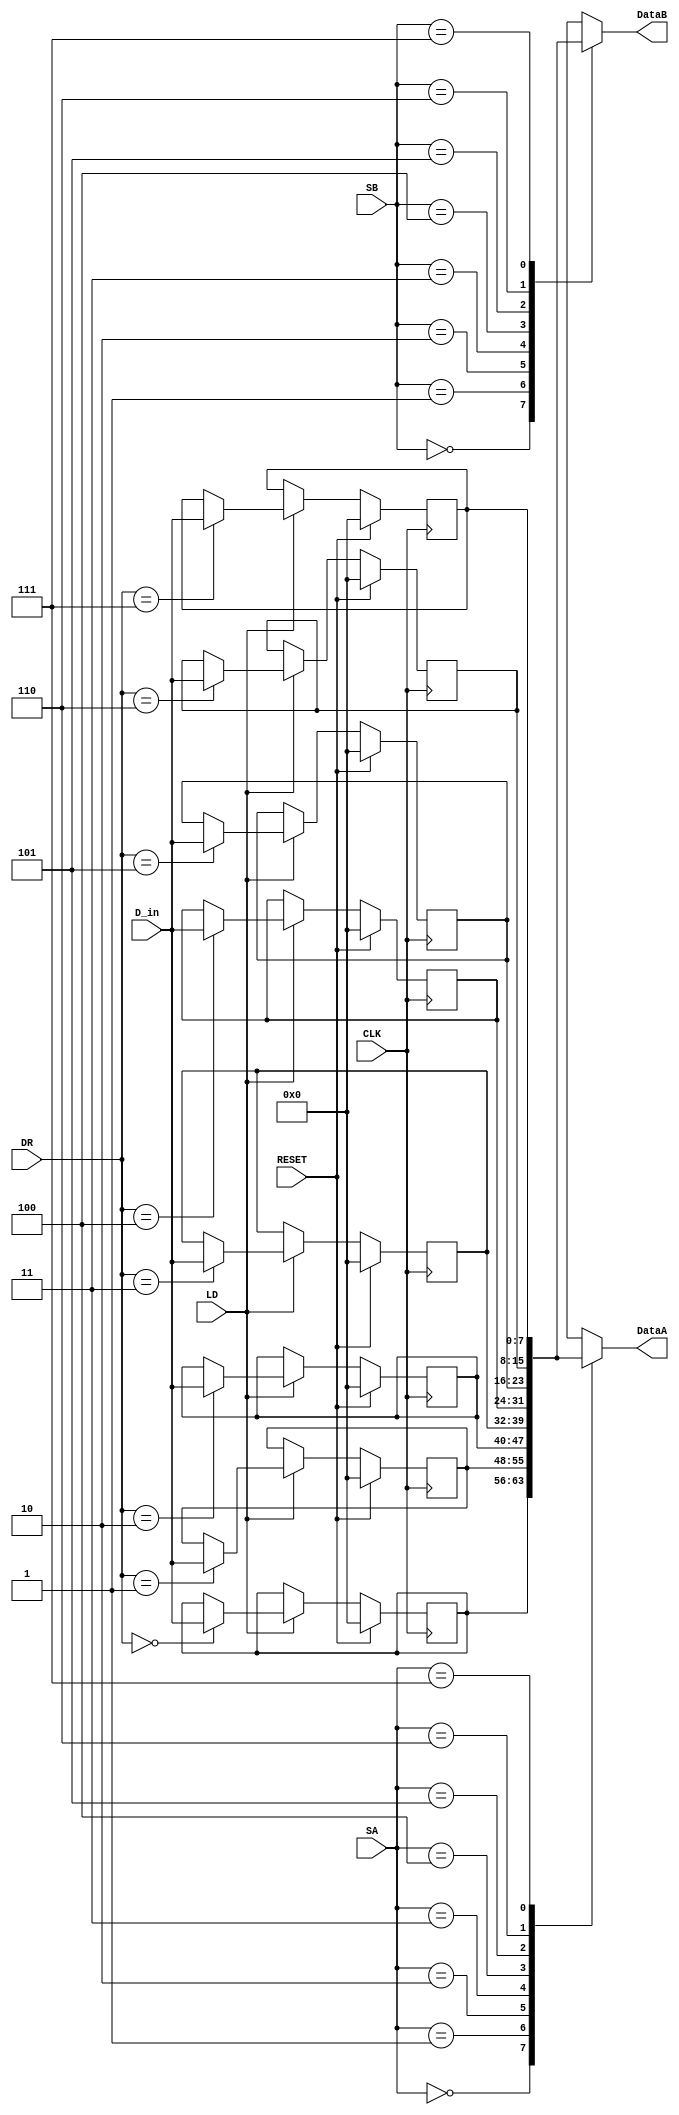
module registerFile(SA, SB, LD, DR, D_in, CLK, RESET, DataA, DataB);

input CLK,RESET,LD;
input [2:0] SA, SB, DR;
input [7:0] D_in;
output reg [7:0] DataA;
output reg [7:0] DataB;
reg [7:0] R0,R1,R2,R3,R4,R5,R6,R7;

always@(*) begin
	case(SA)
		0: DataA <= R0;
		1: DataA <= R1;
		2: DataA <= R2;
		3: DataA <= R3;
		4: DataA <= R4;
		5: DataA <= R5;
		6: DataA <= R6;
		7: DataA <= R7;
	endcase
	
	case(SB)
		0: DataB <= R0;
		1: DataB <= R1;
		2: DataB <= R2;
		3: DataB <= R3;
		4: DataB <= R4;
		5: DataB <= R5;
		6: DataB <= R6;
		7: DataB <= R7;
	endcase
end

always@(posedge CLK) begin
	if (RESET) begin
		R0 <= 0;
		R1 <= 0;
		R2 <= 0;
		R3 <= 0;
		R4 <= 0;
		R5 <= 0;
		R6 <= 0;
		R7 <= 0;
	end
	else if (LD) begin
		case(DR)
			0: R0 <= D_in;
			1: R1 <= D_in;
			2: R2 <= D_in;
			3: R3 <= D_in;
			4: R4 <= D_in;
			5: R5 <= D_in;
			6: R6 <= D_in;
			7: R7 <= D_in;
			endcase
	end else begin
		R0 <= R0;
		R1 <= R1;
		R2 <= R2;
		R3 <= R3;
		R4 <= R4;
		R5 <= R5;
		R6 <= R6;
		R7 <= R7;
	end
end

endmodule